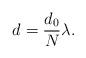
LaTeX: \begin{align*} d=\frac{d_0}{N}\lambda.\end{align*}